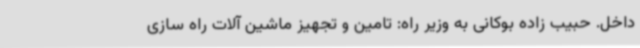
داخل. حبیب زاده بوکانی به وزیر راه: تامین و تجهیز ماشین آلات راه سازی